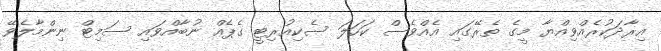
އިރާދަކުރެއްވިއްޔާ މީގެ ތެރޭގައި އެއްވެސް ކަހަލަ ސެކިއުރިޓީ ގެޕެއް ނުބާއްވައި ސަމިޓް ނިންމާލެވޭ